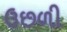
ઉછળી